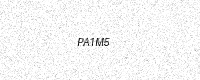
Text: PA1M5